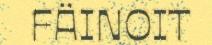
FÄINOIT